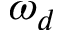
\omega _ { d }